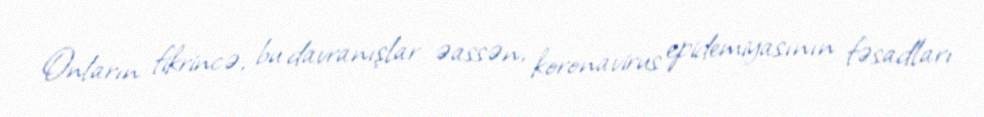
Onların fikrincə, bu davranışlar əassən, koronavirus epidemiyasının fəsadları